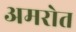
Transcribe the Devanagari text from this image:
अमरोत